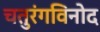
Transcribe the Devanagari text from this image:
चतुरंगविनोद